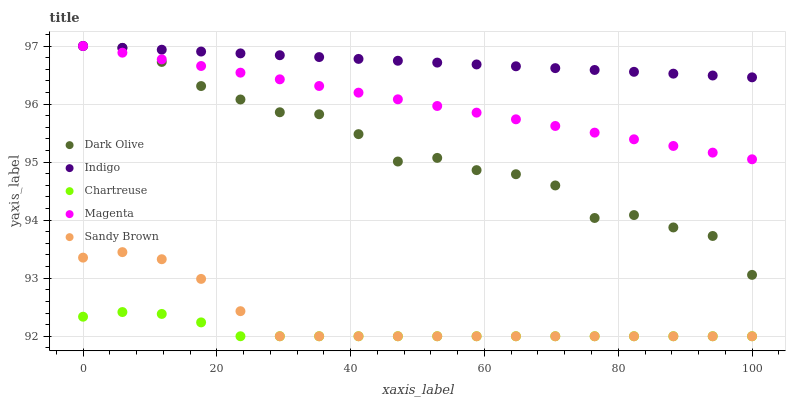
| xaxis_label | Dark Olive | Indigo | Chartreuse | Magenta | Sandy Brown |
 | --- | --- | --- | --- | --- | --- |
 | 0 | 97 | 97 | 92.3 | 97 | 93.4 |
 | 5.88 | 97 | 97 | 92.4 | 96.9 | 93.4 |
 | 11.8 | 96.7 | 96.9 | 92.4 | 96.8 | 93.3 |
 | 17.6 | 96.3 | 96.9 | 92.2 | 96.7 | 93 |
 | 23.5 | 96.1 | 96.9 | 92 | 96.5 | 92.4 |
 | 29.4 | 95.9 | 96.8 | 92 | 96.4 | 92 |
 | 35.3 | 95.8 | 96.8 | 92 | 96.3 | 92 |
 | 41.2 | 95.5 | 96.8 | 92 | 96.2 | 92 |
 | 47.1 | 95 | 96.7 | 92 | 96.1 | 92 |
 | 52.9 | 95.1 | 96.7 | 92 | 96 | 92 |
 | 58.8 | 94.9 | 96.7 | 92 | 95.9 | 92 |
 | 64.7 | 94.8 | 96.7 | 92 | 95.7 | 92 |
 | 70.6 | 94.6 | 96.6 | 92 | 95.6 | 92 |
 | 76.5 | 94 | 96.6 | 92 | 95.5 | 92 |
 | 82.4 | 94.1 | 96.6 | 92 | 95.4 | 92 |
 | 88.2 | 93.9 | 96.5 | 92 | 95.3 | 92 |
 | 94.1 | 93.7 | 96.5 | 92 | 95.2 | 92 |
 | 100 | 93.1 | 96.5 | 92 | 95 | 92 |